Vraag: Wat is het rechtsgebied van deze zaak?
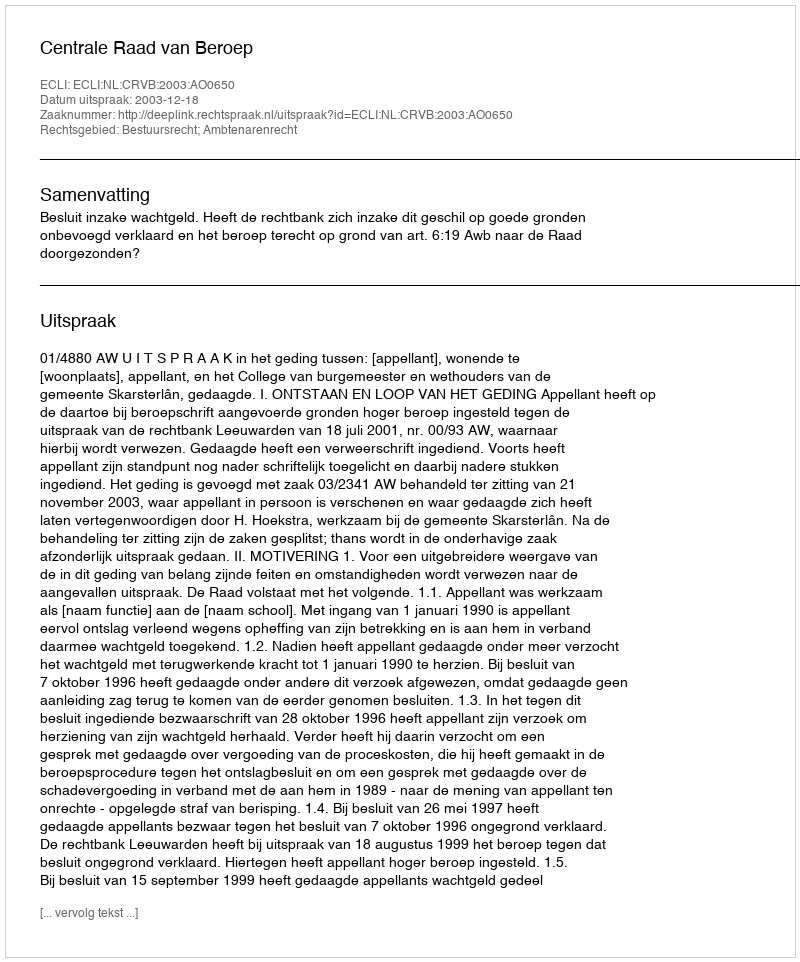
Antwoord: Bestuursrecht; Ambtenarenrecht